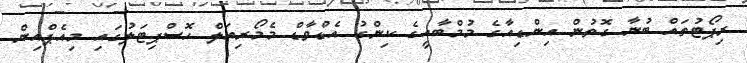
ރިޕޯޓުތައް ބުނާ ގޮތުން އިންޑިއާގެ މުމްބާއީގެ ކިންގު އެޑްވާޑް މެމޯރިއަލް ހޮސްޕިޓަލުގައި މިއެޕްއިން